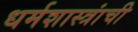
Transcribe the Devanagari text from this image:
धर्मशास्त्रांची